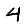
Digit: 4